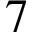
7